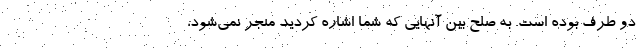
دو طرف بوده است. به صلح بین آنهایی که شما اشاره کردید منجر نمی‌شود،